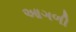
આગળી